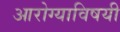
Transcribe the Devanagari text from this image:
आरोग्याविषयी